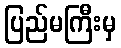
ပြည်မကြီးမှ